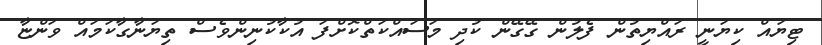
ޓިޔައް ކިޔަނީ ރައްޔިތުން ފެލުން ގޭގޭން ކުދި މަސައްކަތްކޮށްފަ އުކާކުނިންވެސް ތިޔަނާގާކަމައް ވަންޏާ